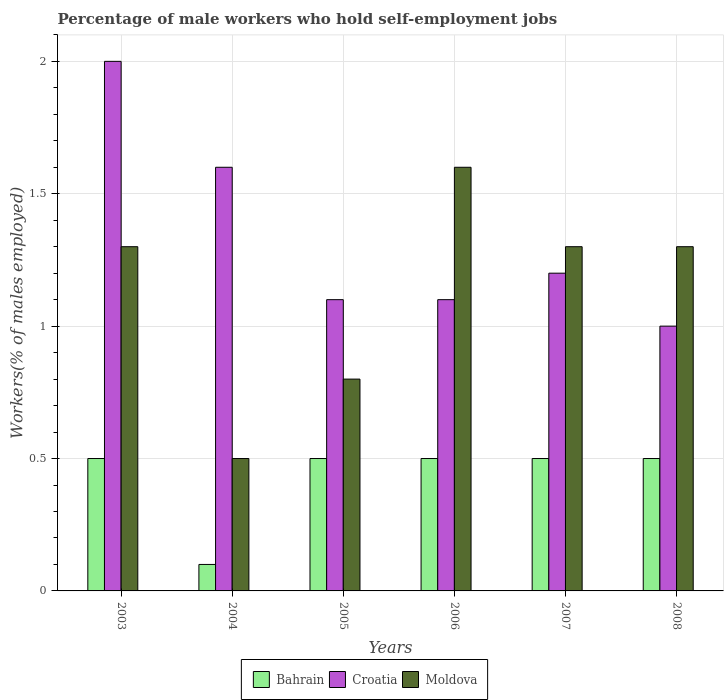
| Years | Bahrain | Croatia | Moldova |
 | --- | --- | --- | --- |
 | 2003 | 0.5 | 2 | 1.3 |
 | 2004 | 0.1 | 1.6 | 0.5 |
 | 2005 | 0.5 | 1.1 | 0.8 |
 | 2006 | 0.5 | 1.1 | 1.6 |
 | 2007 | 0.5 | 1.2 | 1.3 |
 | 2008 | 0.5 | 1 | 1.3 |